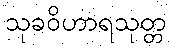
သုခဝိဟာရသုတ္တ